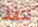
ننفذ